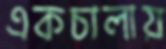
একচালায়